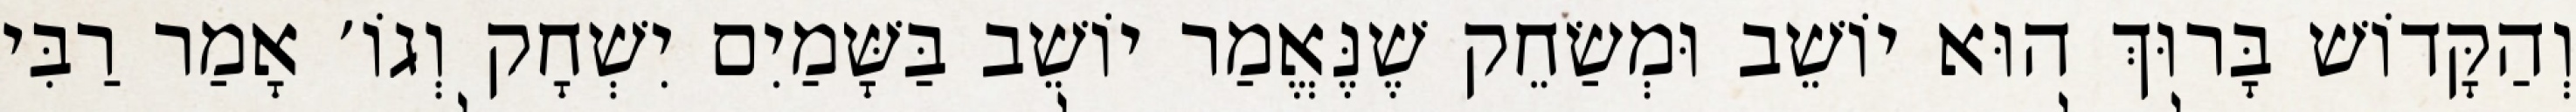
וְהַקָּדוֹשׁ בָּרוּךְ הוּא יוֹשֵׁב וּמְשַׂחֵק שֶׁנֶּאֱמַר יוֹשֵׁב בַּשָּׁמַיִם יִשְׁחָק וְגוֹ׳ אָמַר רַבִּי